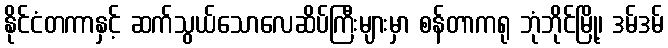
နိုင်ငံတကာနှင့် ဆက်သွယ်သောလေဆိပ်ကြီးများမှာ စန်တာကရု ဘုံဘိုင်မြို့၊ ဒမ်ဒမ်